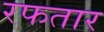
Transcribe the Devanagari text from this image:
रफतार